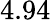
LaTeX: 4.94